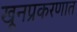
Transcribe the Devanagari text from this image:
खूनप्रकरणात